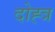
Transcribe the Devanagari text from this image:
दोह्त्र